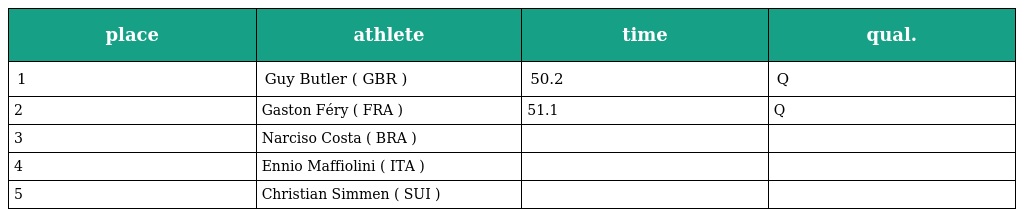
| place | athlete | time | qual. |
 | --- | --- | --- | --- |
 | 1 | Guy Butler ( GBR ) | 50.2 | Q |
 | 2 | Gaston Féry ( FRA ) | 51.1 | Q |
 | 3 | Narciso Costa ( BRA ) |  |  |
 | 4 | Ennio Maffiolini ( ITA ) |  |  |
 | 5 | Christian Simmen ( SUI ) |  |  |